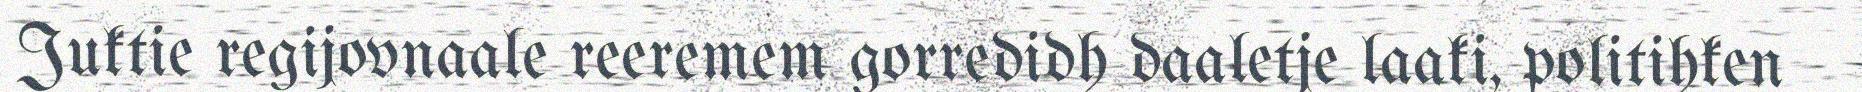
Juktie regijovnaale reeremem gorredidh daaletje laaki, politihken